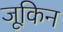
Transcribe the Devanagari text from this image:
जूकिन